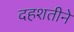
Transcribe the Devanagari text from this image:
दहशतीने